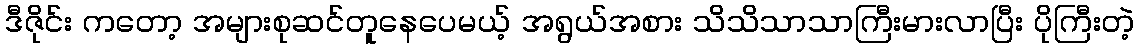
ဒီဇိုင်း ကတော့ အများစုဆင်တူနေပေမယ့် အရွယ်အစား သိသိသာသာကြီးမားလာပြီး ပိုကြီးတဲ့